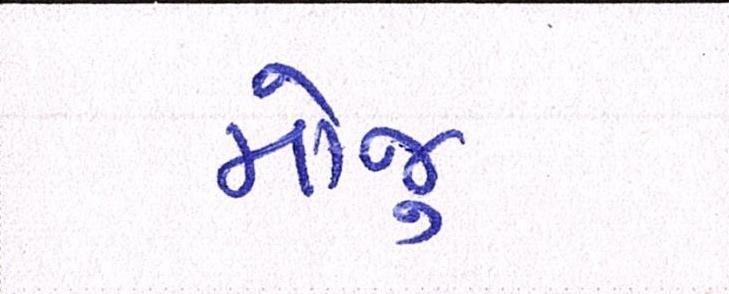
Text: મોજુ